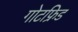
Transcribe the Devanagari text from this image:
गोटफ्रिड